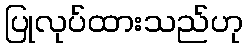
ပြုလုပ်ထားသည်ဟု